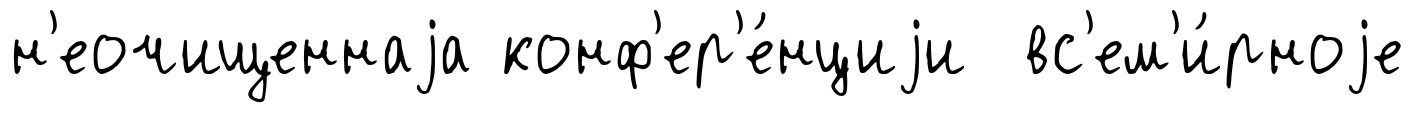
н'еочищеннаjа конф'ер'е́нциjи вс'ем'и́рноjе